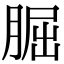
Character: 𦜇